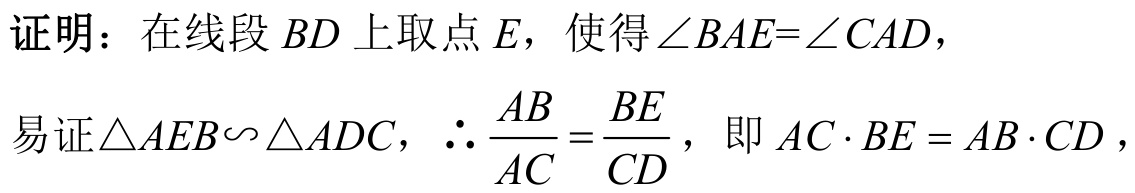
证明：在线段\(BD\)上取点\(E\)，使得\(\angle BAE = \angle CAD\)，
易证\(\triangle AEB\backsim\triangle ADC\)，\(\therefore \dfrac{AB}{AC}=\dfrac{BE}{CD}\)，即\(AC\cdot BE = AB\cdot CD\)，